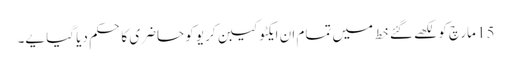
15 مارچ کو لکھے گئے خط میں تمام ان ایکٹو کیبن کریو کو حاضری کا حکم دیا گیا یے۔